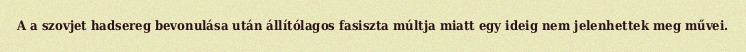
A a szovjet hadsereg bevonulása után állítólagos fasiszta múltja miatt egy ideig nem jelenhettek meg művei.